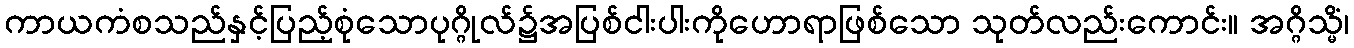
ကာယကံစသည်နှင့်ပြည့်စုံသောပုဂ္ဂိုလ်၌အပြစ်ငါးပါးကိုဟောရာဖြစ်သော သုတ်လည်းကောင်း။ အဂ္ဂိသ္မိံ၊